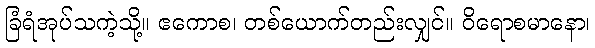
ခြံရံအုပ်သကဲ့သို့။ ဧကောစ၊ တစ်ယောက်တည်းလျှင်။ ဝိရောစမာနော၊